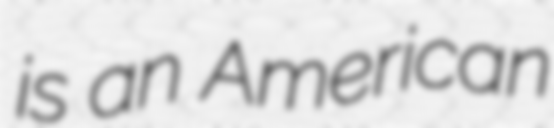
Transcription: is an American